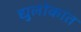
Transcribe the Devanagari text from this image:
द्युलोकांत